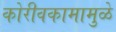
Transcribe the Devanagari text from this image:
कोरीवकामामुळे